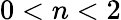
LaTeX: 0<n<2